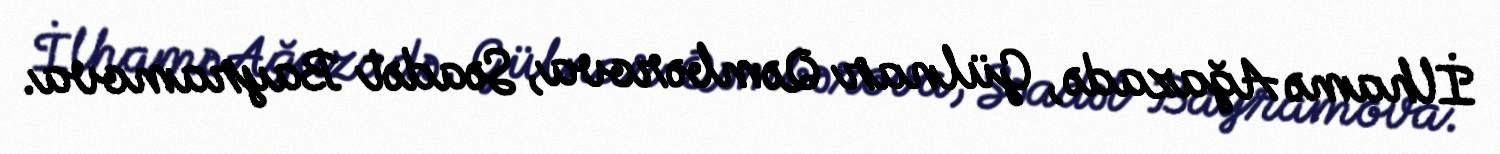
İlhamə Ağazadə, Gülnar Qəmbərova, Səadət Bayramova.